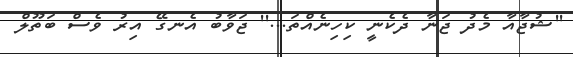
''ޝުޖާއާ މެދު ޖަނާ ދެކެނީ ކިހިނެއްތަ...'' ޖަވާބު އެނގޭ އިރު ވެސް ބަތޫލް